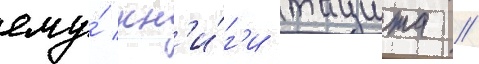
ему́ кн'и́г'и тацита //